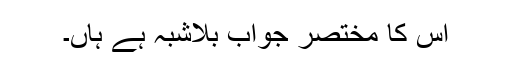
اس کا مختصر جواب بلاشبہ ہے ہاں۔